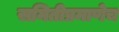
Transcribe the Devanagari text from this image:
समितीप्रमाणेच